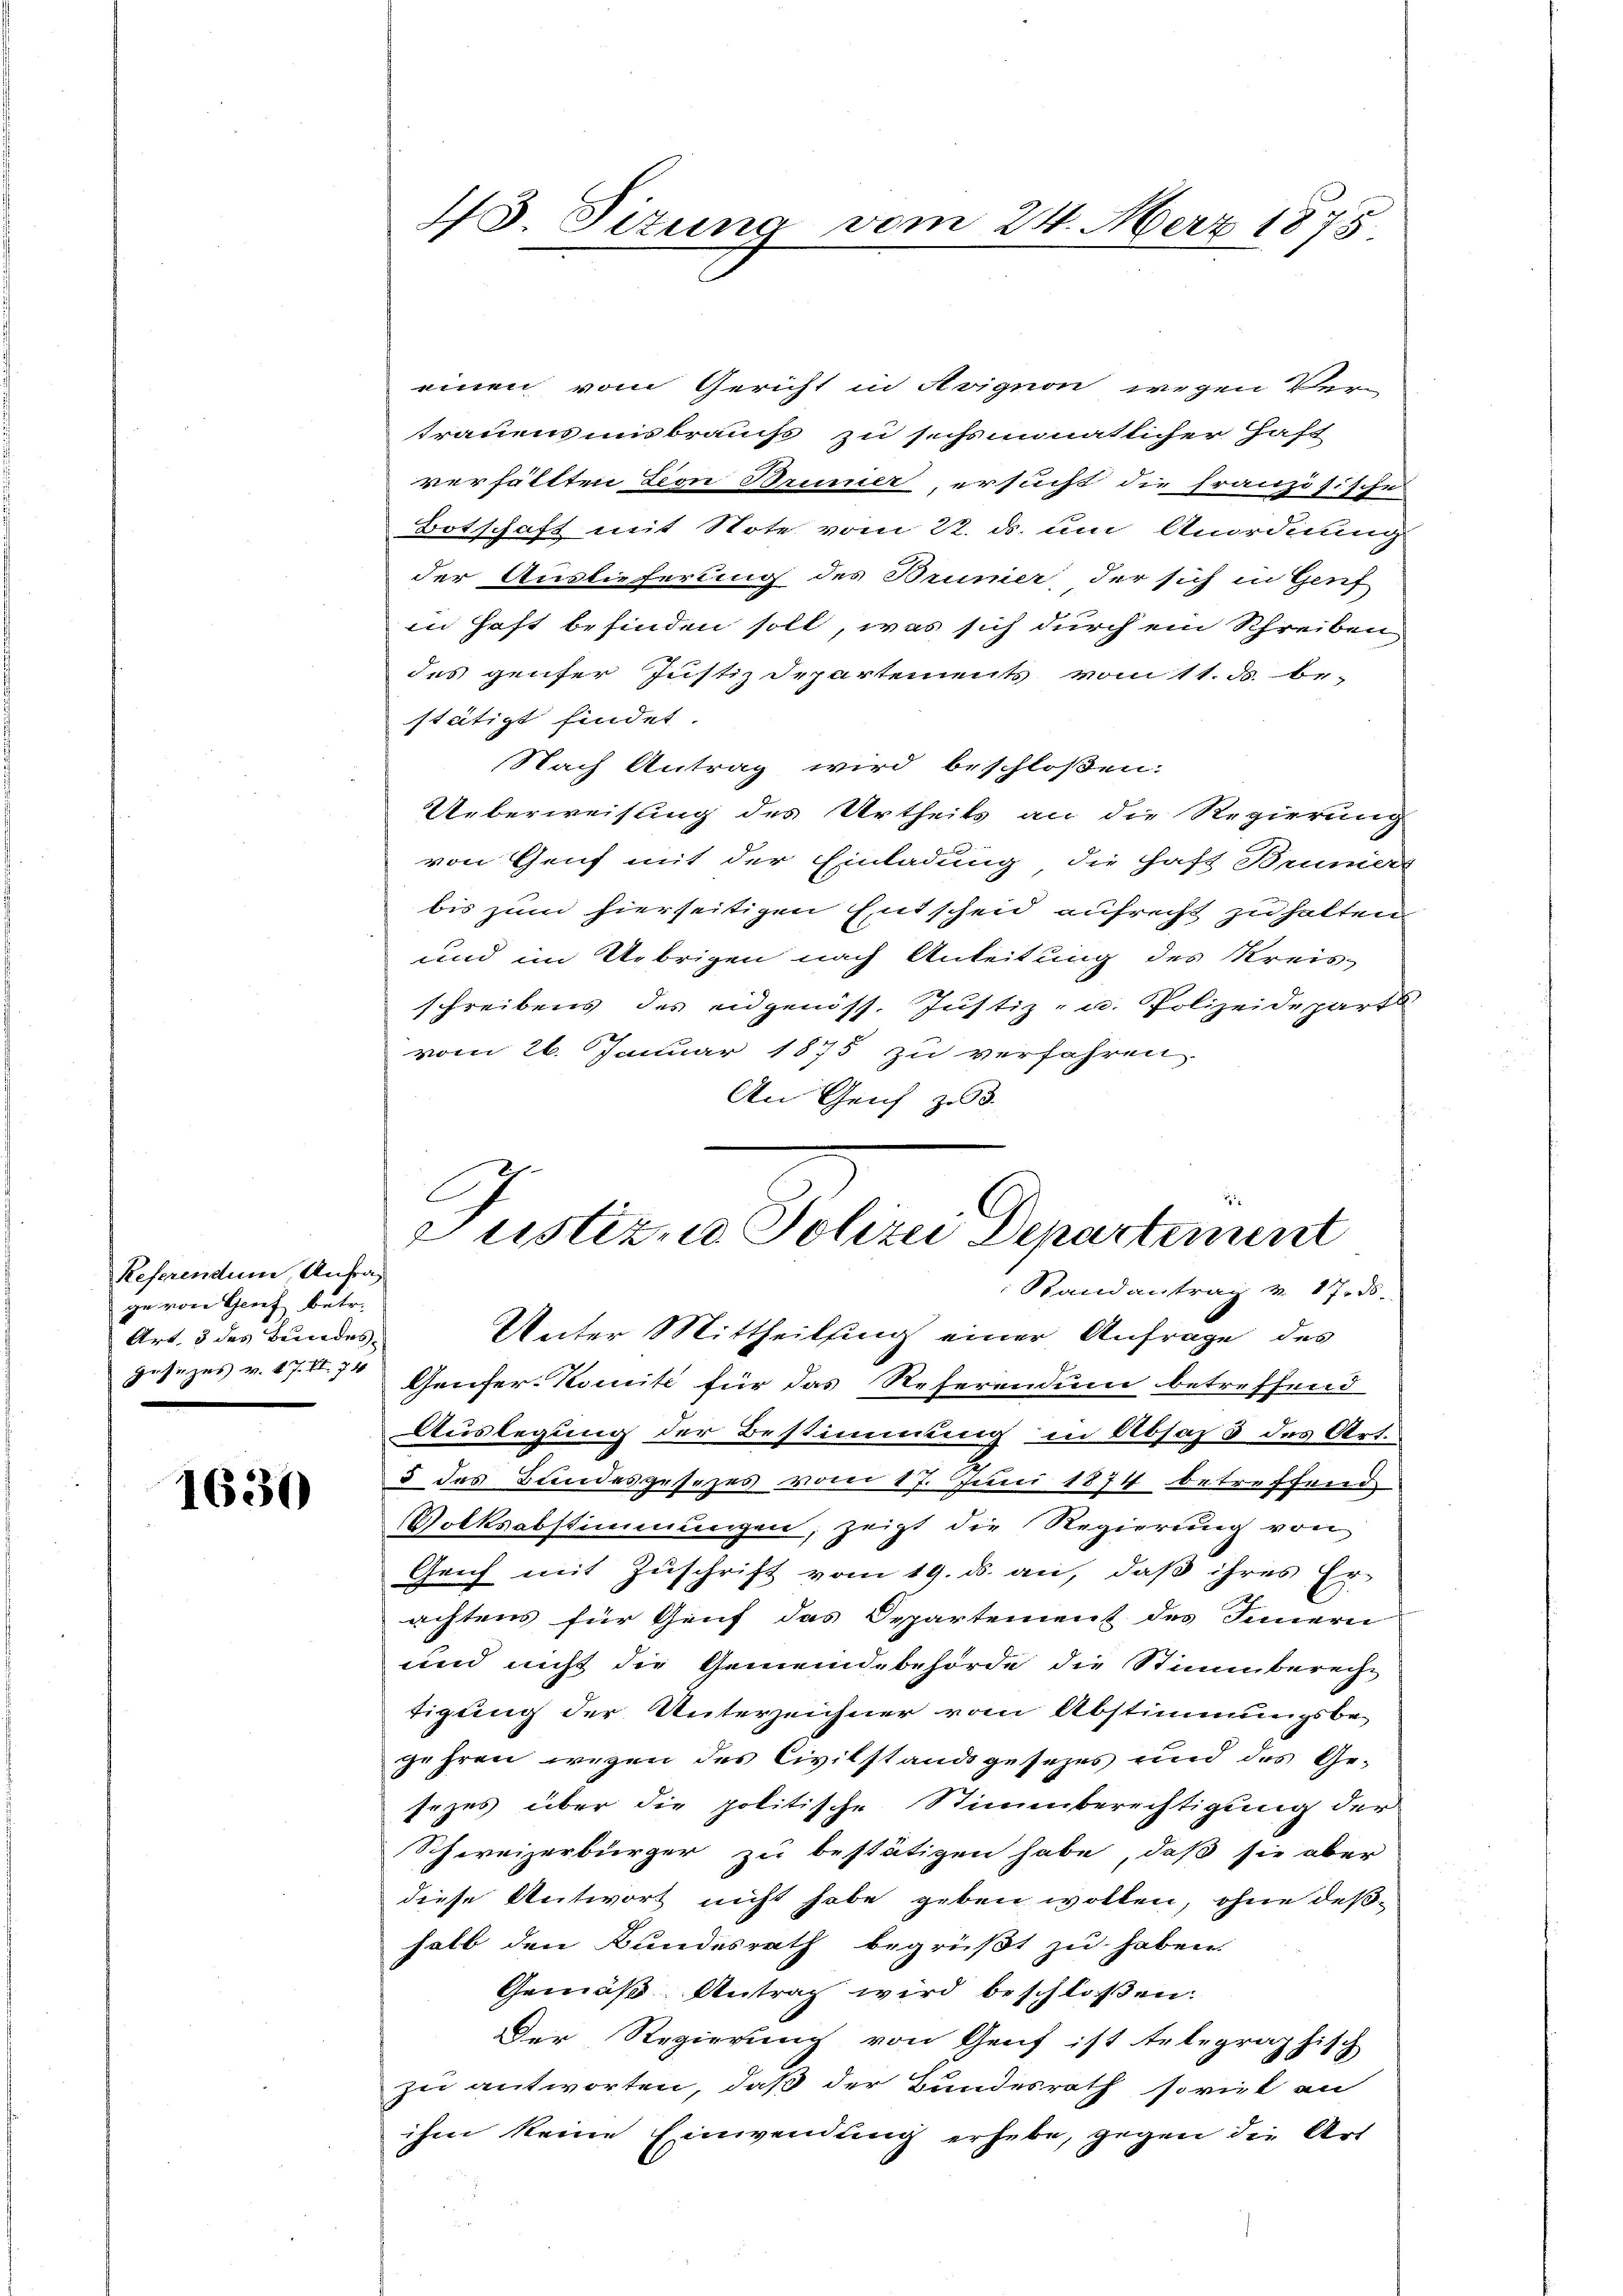
Referendum Unfrag
ge von Genf betr.
Art, 3 des Bundes-
gesezes v. 87. II. 74

1630

einen vom Gericht in Avignon wegen Ver-
trauens insbrauchs zu sechsmonatlicher Haft
verfällten Leon Bruner ersucht die französische
Botschaft mit Note vom 22. ds. um Anordnung
der Auslieferung des Bruner, der sich in Genf
in Haft befinden soll, was sich durch ein Schreiben
des gefer Justiz Departements vom 11. ds. be
stätigt findet.
Nach Antrag wird beschloßen:
Ueberweisung des Urtheils an die Regierung
von Genf mit der Einladung, die haft Brunert
bis zum hierseitigen Entscheid aufrecht zu halten
und im Uebrigen nach Anleitung des Kreis-
schreibens des eidgenöss. Justiz- u. Polizeidepart
vom 26. Januar 1875 zu verfahren.
An Genf zu 3.
Unter Mittheilsing einer Anfrage des
Genfer-Komite für das Referendum betreffend
Auslegung der Bestimmung in Absass des Art.
5 des Bundesgesezes vom 17. Juni 1874 betreffend
Volksabstimmungen, zeigt die Regierung von
Genf mit Zuschrift vom 19. ds. an, daß ihres Er-
achtens für Genf das Departement des Innern
und nicht die Gemeindebehörde die Stimmberecht
tigung der Unterzeichner vom Abstimmungsbe-
gehren wegen des Civilstand gesezes und des Ge-
sezes über die politische Stimmberechtigung der
Schweizerbürger zu bestätigen habe, daß sie aber
diese Antwort nicht habe geben wollen, ohne deßhalb den Bundesrath begrüßt zu haben.
Gemäß Antrag wird beschloßen:
Der Regierung von Genf ist telegraphisch
zu antworten, daß der Bundesrath soviel an
ihm keine Einwendung erhebe, gegen die Art

13. Situng vom 24. Merz 1875

E
Justiz, Polizei Departement
Randantrag v. 17. ds.